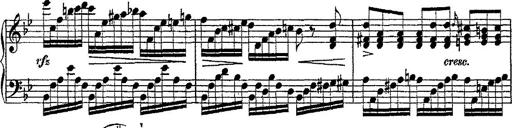
Title: Fantaisie romantique sur deux mÃ©lodies suisses
Composer: Franz Liszt